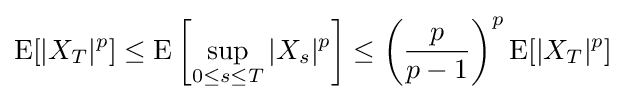
{\text{E}}[|X_{T}|^{p}]\leq {\text{E}}\left[\sup _{0\leq s\leq T}|X_{s}|^{p}\right]\leq \left({\frac {p}{p-1}}\right)^{p}{\text{E}}[|X_{T}|^{p}]